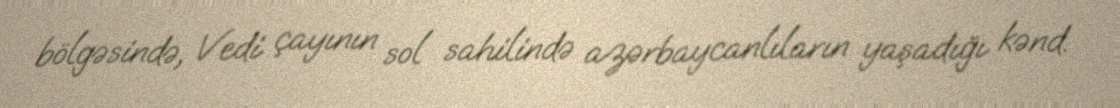
bölgəsində, Vedi çayının sol sahilində azərbaycanlıların yaşadığı kənd.